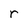
Character: r